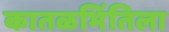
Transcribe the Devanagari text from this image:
कातळभिंतिला